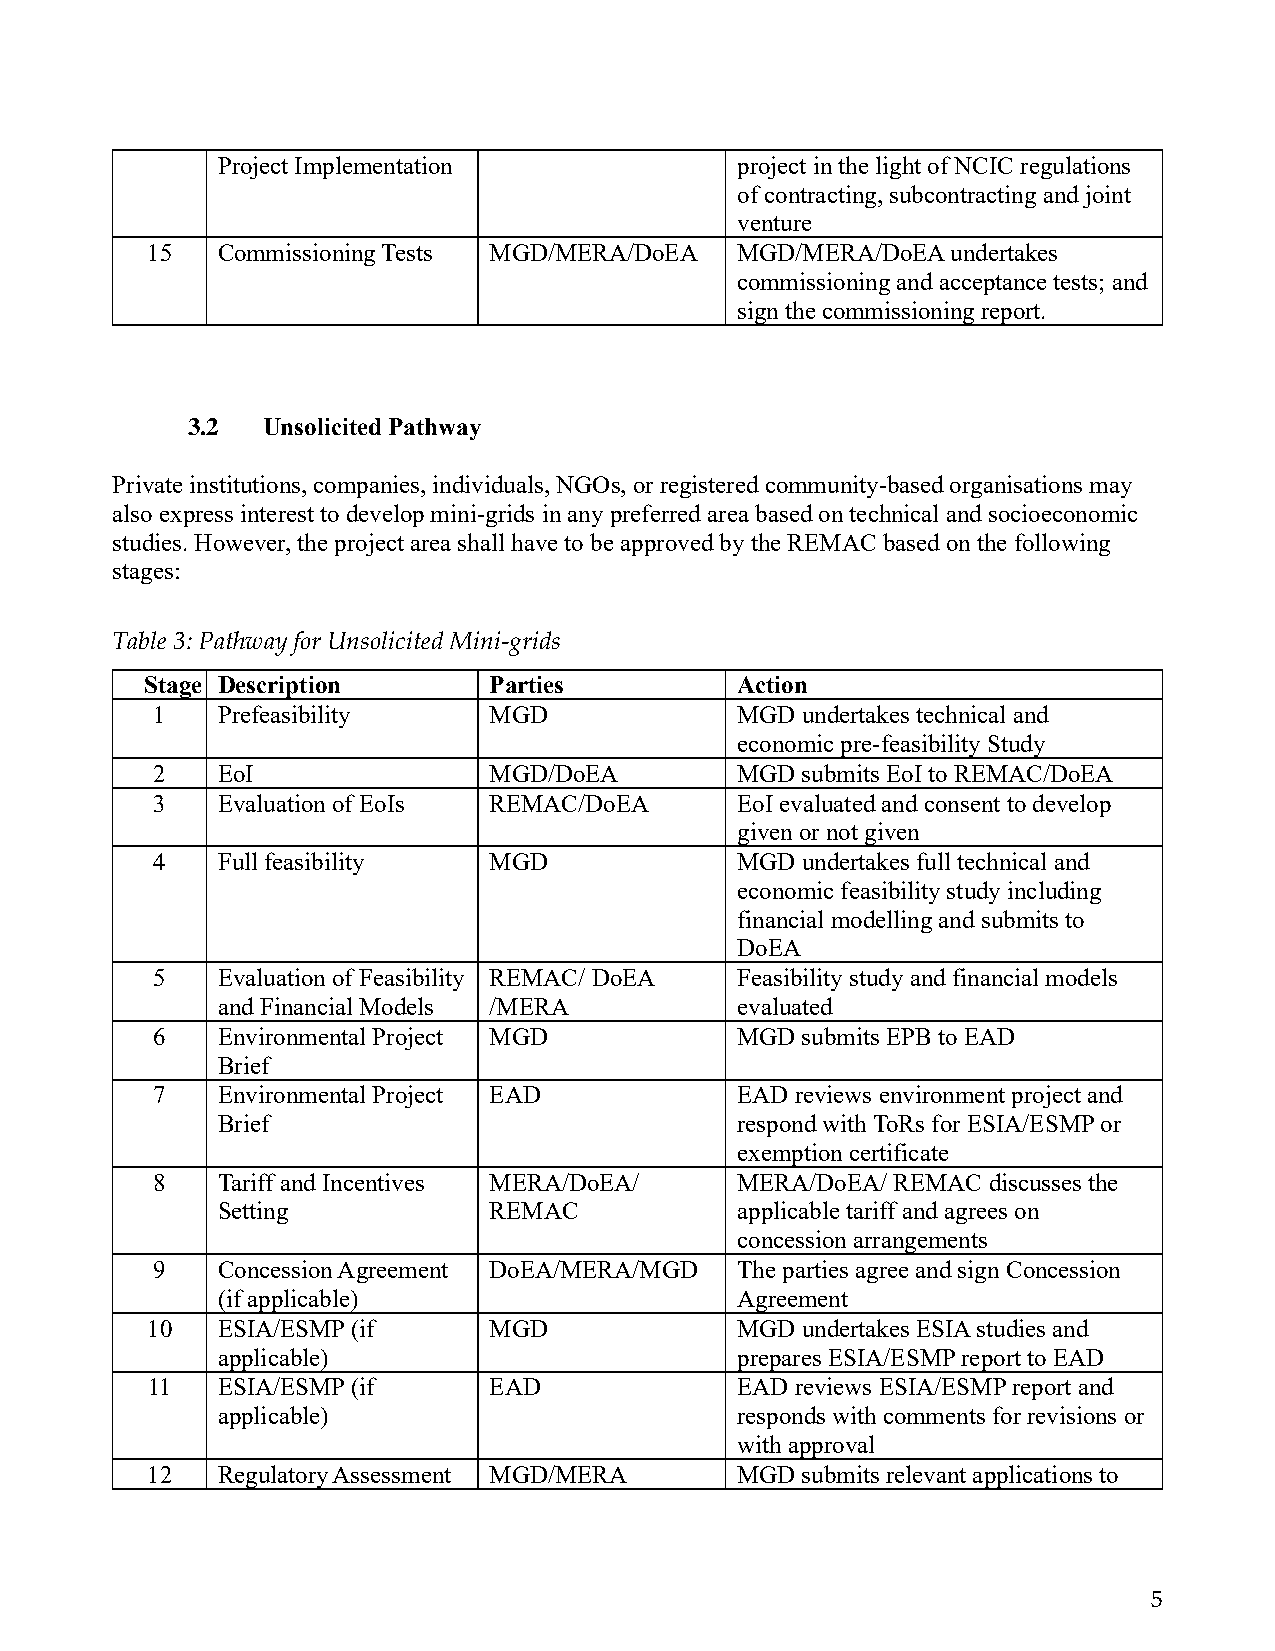
Project Implementation             project in the light of NCIC regulations
 of contracting, subcontracting and joint
 venture
 15  Commissioning Tests MGD/MERA/DoEA  MGD/MERA/DoEA undertakes
 commissioning and acceptance tests; and
 sign the commissioning report.
 3.2  Unsolicited Pathway
 Private institutions, companies, individuals, NGOs, or registered community-based organisations may
 also express interest to develop mini-grids in any preferred area based on technical and socioeconomic
 studies. However, the project area shall have to be approved by the REMAC based on the following
 stages:
 Table 3: Pathway for Unsolicited Mini-grids
 Stage Description     Parties          Action
 1   Prefeasibility    MGD              MGD undertakes technical and
 economic pre-feasibility Study
 2   EoI               MGD/DoEA         MGD submits EoI to REMAC/DoEA
 3   Evaluation of EoIs REMAC/DoEA      EoI evaluated and consent to develop
 given or not given
 4   Full feasibility  MGD              MGD undertakes full technical and
 economic feasibility study including
 financial modelling and submits to
 DoEA
 5   Evaluation of Feasibility REMAC/ DoEA Feasibility study and financial models
 and Financial Models /MERA         evaluated
 6   Environmental Project MGD          MGD submits EPB to EAD
 Brief
 7   Environmental Project EAD          EAD reviews environment project and
 Brief                              respond with ToRs for ESIA/ESMP or
 exemption certificate
 8   Tariff and Incentives MERA/DoEA/   MERA/DoEA/ REMAC discusses the
 Setting           REMAC            applicable tariff and agrees on
 concession arrangements
 9   Concession Agreement DoEA/MERA/MGD The parties agree and sign Concession
 (if applicable)                    Agreement
 10  ESIA/ESMP (if     MGD              MGD undertakes ESIA studies and
 applicable)                        prepares ESIA/ESMP report to EAD
 11  ESIA/ESMP (if     EAD              EAD reviews ESIA/ESMP report and
 applicable)                        responds with comments for revisions or
 with approval
 12  Regulatory Assessment MGD/MERA     MGD submits relevant applications to
 5